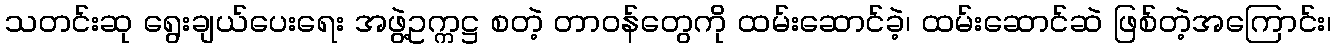
သတင်းဆု ရွေးချယ်ပေးရေး အဖွဲ့ဥက္ကဋ္ဌ စတဲ့ တာဝန်တွေကို ထမ်းဆောင်ခဲ့၊ ထမ်းဆောင်ဆဲ ဖြစ်တဲ့အကြောင်း၊